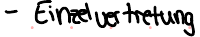
- Einzelvertretung